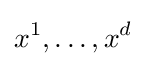
x^{1},\ldots ,x^{d}